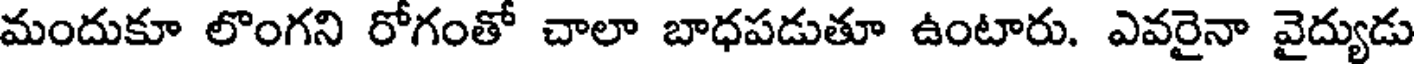
మందుకూ లొంగని రోగంతో చాలా బాధపడుతూ ఉంటారు. ఎవరైనా వైద్యుడు